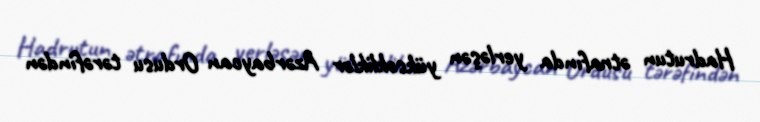
Hadrutun ətrafında yerləşən yüksəkliklər Azərbaycan Ordusu tərəfindən